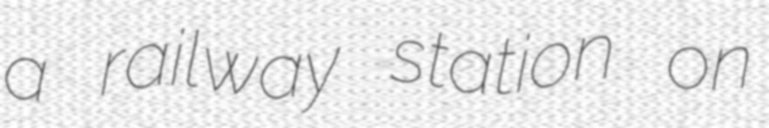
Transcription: a railway station on